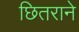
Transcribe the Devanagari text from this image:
छितराने